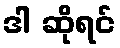
ဒါ ဆိုရင်